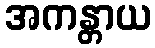
အကန္တာယ